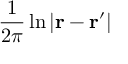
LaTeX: { \frac { 1 } { 2 \pi } } \ln \left| \mathbf { r } - \mathbf { r } ^ { \prime } \right|